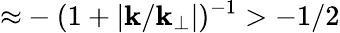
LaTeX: {\approx}-(1+|\mathbf{k}/\mathbf{k}_{\perp}|)^{-1}>-1/2